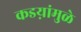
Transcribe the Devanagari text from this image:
कडय़ांमुळे